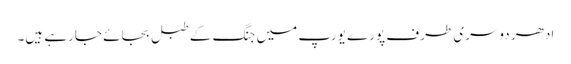
ادھر دوسری طرف پورے یورپ میں جنگ کے طبل بجائے جارہے ہیں۔